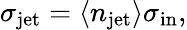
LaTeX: \sigma_{\mathrm{jet}}=\langle n_{\mathrm{jet}}\rangle\sigma_{\mathrm{in}},